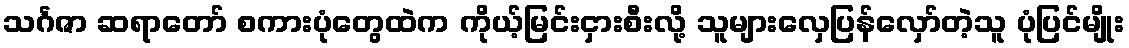
သင်္ဂဇာ ဆရာတော် စကားပုံတွေထဲက ကိုယ့်မြင်းငှားစီးလို့ သူများလှေပြန်လှော်တဲ့သူ ပုံပြင်မျိုး